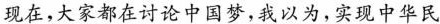
现在，大家都在讨论中国梦，我以为，实现中华民